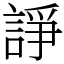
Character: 諍